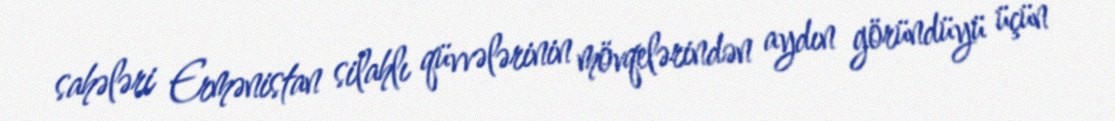
sahələri Ermənistan silahlı qüvvələrinin mövqelərindən aydın göründüyü üçün